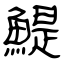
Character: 鯷